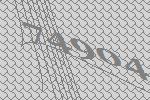
74904